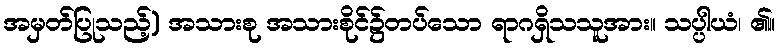
အမှတ်ပြုသည့်) အသားစု အသားစိုင်၌တပ်သော ရာဂရှိသသူအား။ သပ္ပါယံ၊ ၏။